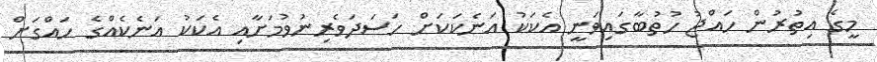
މީގެ އިތުރުން ހައްޖު ހުތުބާގައިވަނީ އެކަކު އަނެކަކަށް ހަސަދަވެރިނުވުމަށާއި އެކަކު އަނެކެއްގެ ހައްގަށް